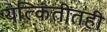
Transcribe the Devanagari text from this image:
यत्किंतीतही